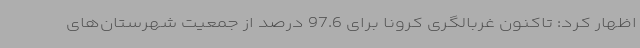
اظهار کرد: تاکنون غربالگری کرونا برای 97.6 درصد از جمعیت شهرستان‌های